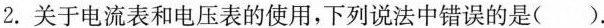
2.关于电流表和电压表的使用，下列说法中错误的是( ).